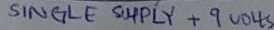
Text: SINGLE SUPPLY +9VOLTS